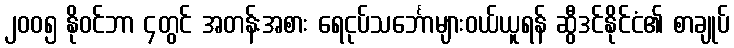
၂၀၀၅ နိုဝင်ဘာ ၄တွင် အတန်းအစား ရေငုပ်သင်္ဘောများဝယ်ယူရန် ဆွီဒင်နိုင်ငံ၏ စာချုပ်